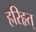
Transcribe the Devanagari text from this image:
हरिहृत्